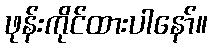
ဖုန်းကိုင်ထားပါနော်။